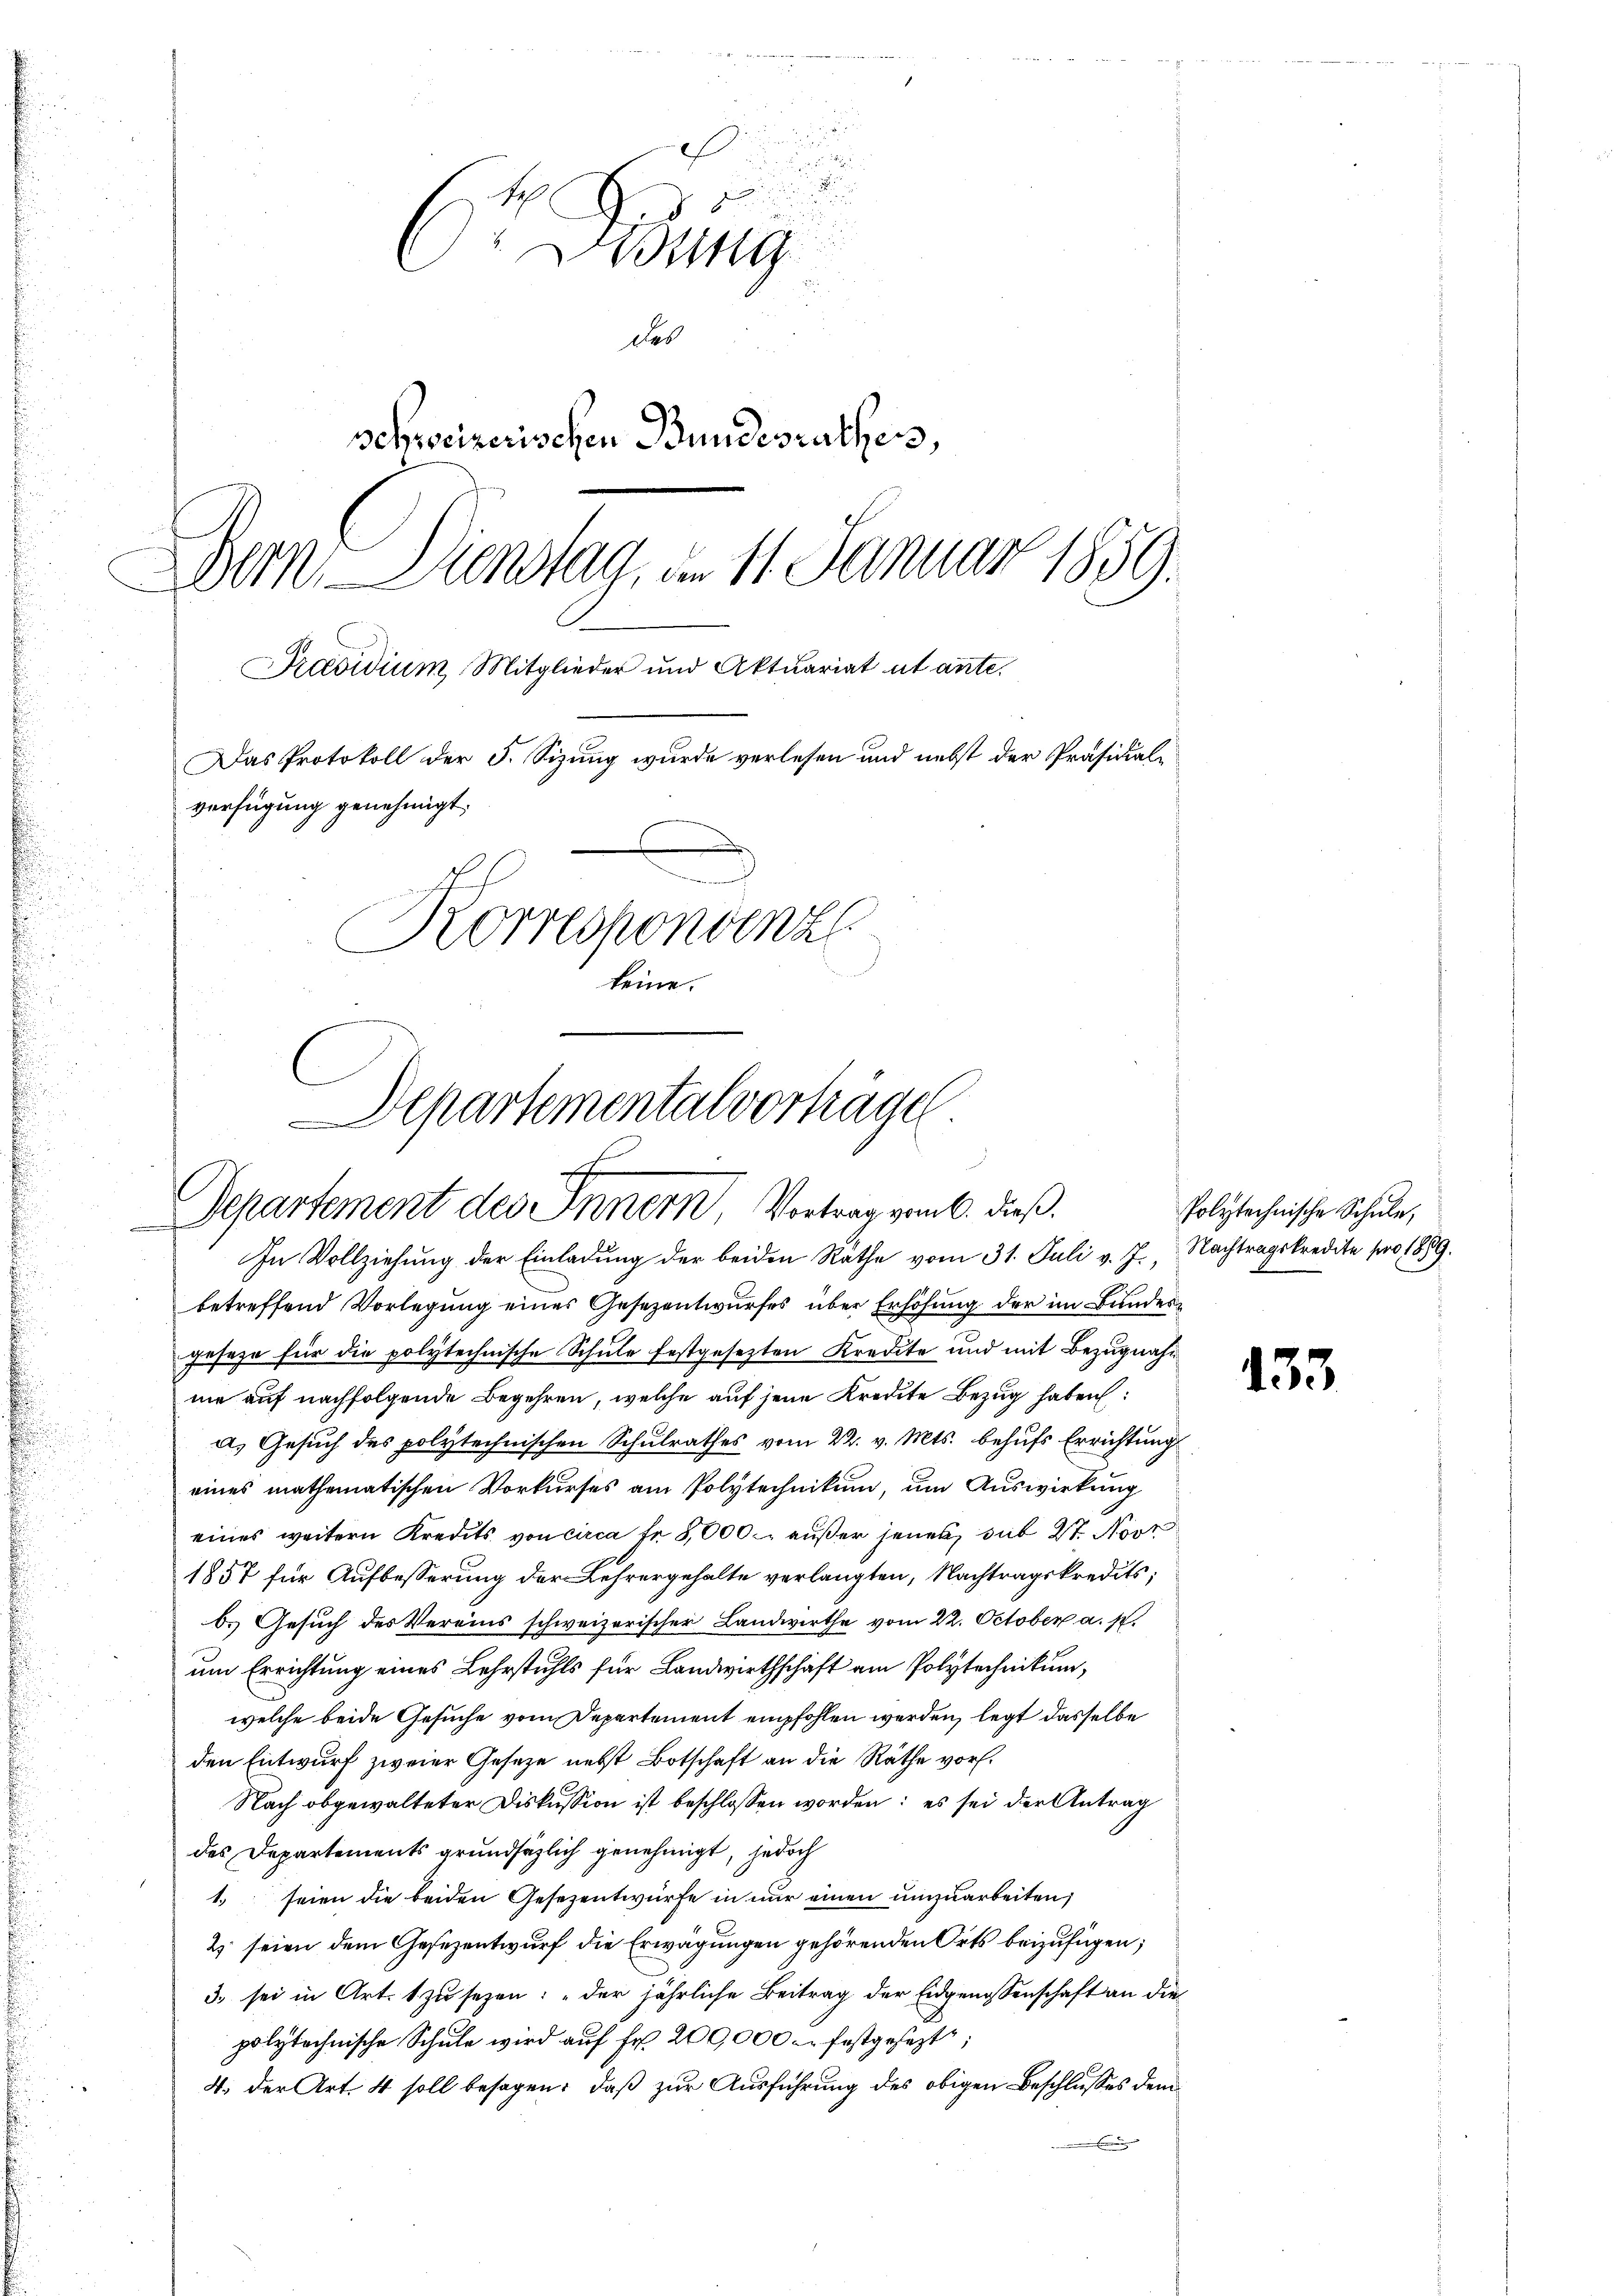
.

C. Weg
Des
schweizerischen Bundesrathes,
Bern, Dienstag, am 11. Januar 1859.
Präsidium Mitglieder und Aktuariat ut ante.
Das Protokoll der 5. Sizung wurde verlesen und nebst der Präsidial-
verfügung genehmigt.
Korrespondenz
keine.

Departementalverhägel.

Departement des Innern, Vortrag vom 6. dieß.

In Vollziehung der Einladung der beiden Rathe vom 31. Juli v. J., Nachtragskredite pro 1889.
betreffend Vorlegung eines Gesezentwurfes über Erhöhung der im Bundesgeseze für die polytechnische Schule festgesetzten Kredite und mit Bezugnahne auf nachfolgende Begehren, welche auf jene Kredite Bezug haben:
a) Gesuch des polytechnischen Schulrathes vom 22. v. Mts. behufs Errichtung
eines mathematischen Vorkurses am Polytechnikum, um Auswirkung
eines weitern Kredits von circa Fr. 5,000. außer jenes, das St. Novk
1857 für Aufbesserung der Lehrergehalte verlangten, Nachtragskredits;
b. Gesuch des Vereins schweizerischer Landwirthe vom 22. October a. p.
um Errichtung eines Lehrstuhls für Landwirthschaft am Polytechnikum,
welche beide Gesuche vom Departement empfohlen werden, legt dasselbe
den Entwurf zweier Gesetze nebst Botschaft an die Räthe vor.
Nach obgewalteter Diskussion ist beschlossen worden: es sei der Antrag
des Departements grundsätzlich genehmigt, jedoch
1. seien die beiden Gesezentwürfe in nur einen umzuarbeiten,
2 seien dem Gesezentwurf die Erwägungen gehörenden Orts beizufügen;
3. sei in Art. 1 zu sezen: „Der jährliche Beitrag der Eidgenossenschaft an die
polytechnische Schule wird auf Fr. 200,000 u. festgesezt,
4. der Art. 4 soll besagen: daß zur Ausführung des obigen Beschlusses dem
Ein

Polytechnische Schule,

433